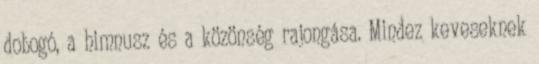
dobogó, a himnusz és a közönség rajongása. Mindez keveseknek